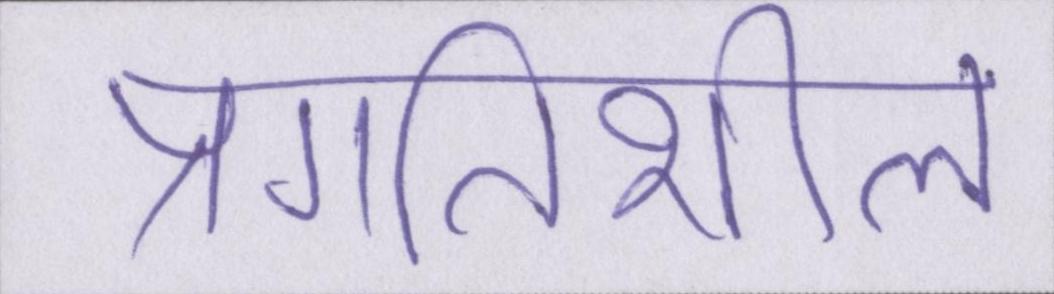
प्रगतिशील